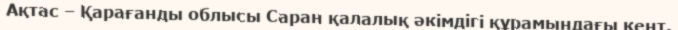
Ақтас – Қарағанды облысы Саран қалалық әкімдігі құрамындағы кент.